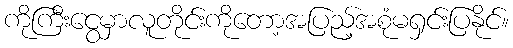
ကိုကြီးငွေမှာလူတိုင်းကိုတော့အပြည့်အစုံမရှင်းပြနိုင်။